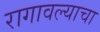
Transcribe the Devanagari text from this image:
रागावल्याचा